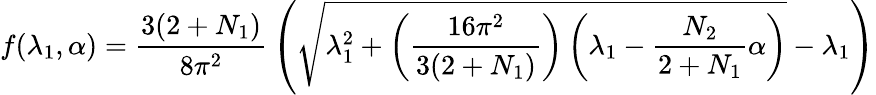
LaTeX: f(\lambda_{1},\alpha)={\frac{3(2+N_{1})}{8\pi^{2}}}\left(\sqrt{\lambda_{1}^{2}+\left({\frac{16\pi^{2}}{3(2+N_{1})}}\right)\left(\lambda_{1}-{\frac{N_{2}}{2+N_{1}}}\alpha\right)}-\lambda_{1}\right)